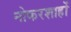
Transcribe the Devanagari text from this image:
नोकरशाहों